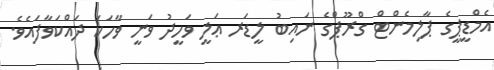
އެމްޑީޕީގެ ޕާލިމެންޓް ގްރޫޕްގެ ނައިބު ލީޑަރ ޢަލީ ވަހީދު ވަނީ ވާހަކަ ދައްކަވާފައެވެ.